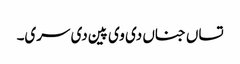
تساں جناں دی وی پین دی سری۔